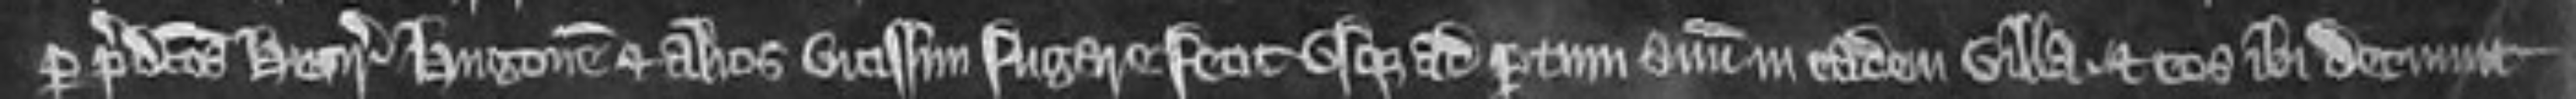
per predictos Henricum Hugonem et alios vicissim fugare fecit usque ad parcum suum in eadem villa et eos ibi detinuit